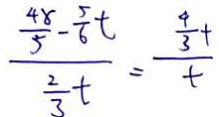
\frac { \frac { 4 8 } { 5 } - \frac { 5 } { 6 } t } { \frac { 2 } { 3 } t } = \frac { \frac { 4 } { 3 } t } { t }